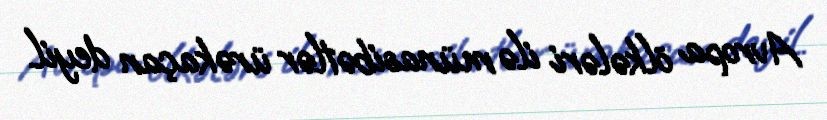
Avropa ölkələri ilə münasibətlər ürəkaçan deyil.